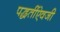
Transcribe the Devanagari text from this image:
पद्धतींऐवजी